Civil Veterinary Department Bihar reports 1940-50 - 1940-1950
Year: 1940
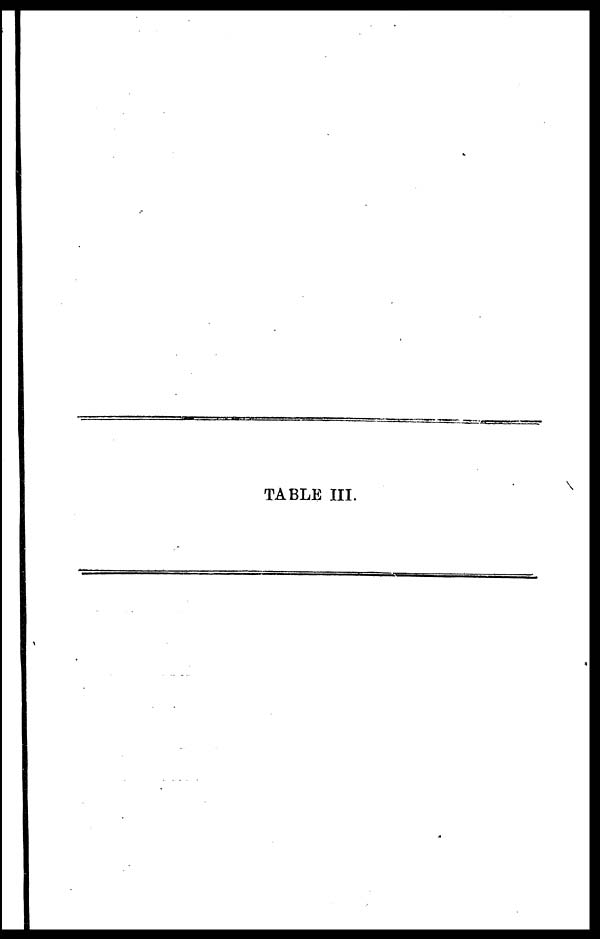
TABLE III.